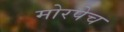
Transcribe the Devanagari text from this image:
मोरपेच